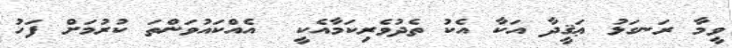
ވީމާ ރަނގަޅު ޢަޤީދާ އަކާ އެކު ތެދުވެރިކަމާއެކީ  އެއްކައުވަންތަ ކުރުމަށް ފަހު